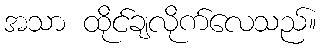
အသာ ထိုင်ချလိုက်လေသည်။